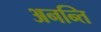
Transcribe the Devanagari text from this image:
अनन्ति